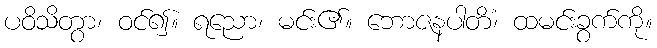
ပဝိသိတွာ၊ ဝင်၍။ ရညော၊ မင်း၏။ ဘောဇနပါတိံ၊ ထမင်းခွက်ကို။